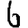
Digit: 6